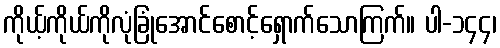
ကိုယ့်ကိုယ်ကိုလုံခြုံအောင်စောင့်ရှောက်သောကြက်။ ပါ-၁၄၄၊